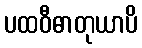
ပထဝီဓာတုယာပိ